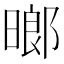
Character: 𬁈